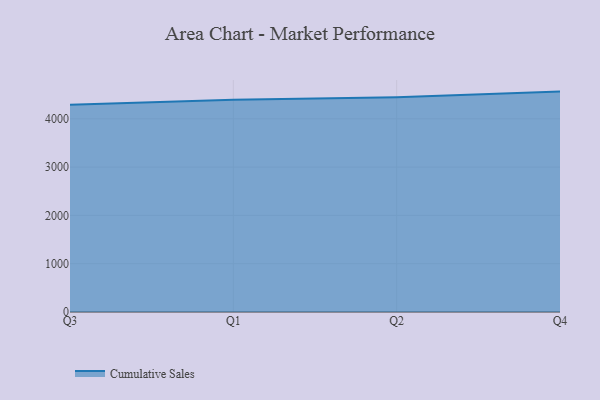
{"axis": {"x": "Quarter", "y": "Website Visitors"}, "legend": ["Cumulative Sales"], "data": [{"x": "Q3", "y": 4290.1, "type": "Cumulative Sales"}, {"x": "Q1", "y": 4392.5, "type": "Cumulative Sales"}, {"x": "Q2", "y": 4446.5, "type": "Cumulative Sales"}, {"x": "Q4", "y": 4563.2, "type": "Cumulative Sales"}]}